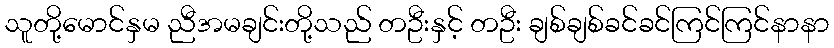
သူတို့မောင်နှမ ညီအမချင်းတို့သည် တဦးနှင့် တဦး ချစ်ချစ်ခင်ခင်ကြင်ကြင်နာနာ